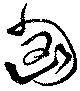
匈